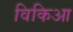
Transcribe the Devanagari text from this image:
विकिआ